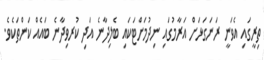
ތިރީގައި އެވަނީ ރަނަގަޅަށް އަރާމުގައި ނިދުމަށްޓަކައި ބެލިދާނެ އަދި ކުރވިދާނެ ބައެއް ކަންތަކެވެ.